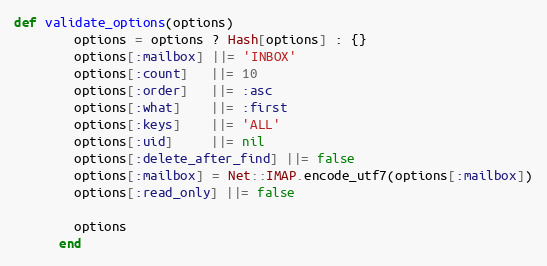
Language: Ruby
def validate_options(options)
        options = options ? Hash[options] : {}
        options[:mailbox] ||= 'INBOX'
        options[:count]   ||= 10
        options[:order]   ||= :asc
        options[:what]    ||= :first
        options[:keys]    ||= 'ALL'
        options[:uid]     ||= nil
        options[:delete_after_find] ||= false
        options[:mailbox] = Net::IMAP.encode_utf7(options[:mailbox])
        options[:read_only] ||= false

        options
      end